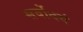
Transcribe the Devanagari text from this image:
सर्वोदयं